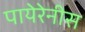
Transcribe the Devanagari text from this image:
पायेरेनीस